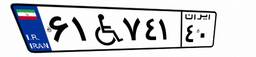
۶۷W۸۱۰۰۸